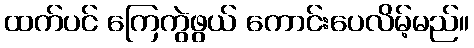
ထက်ပင် ကြေကွဲဖွယ် ကောင်းပေလိမ့်မည်။